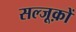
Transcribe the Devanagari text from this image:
सल्जूक़ों